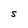
Character: S